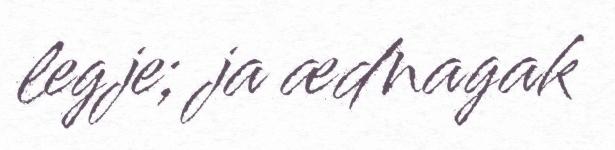
legje; ja ædnagak